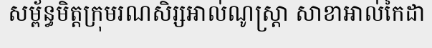
សម្ព័ន្ធមិត្តក្រុមរណសិរ្សអាល់ណូស្ត្រា សាខាអាល់កៃដា